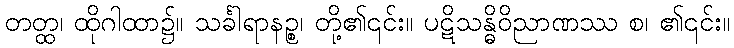
တတ္ထ၊ ထိုဂါထာ၌။ သင်္ခါရာနဉ္စ၊ တို့၏၎င်း။ ပဋိသန္ဓိဝိညာဏဿ စ၊ ၏၎င်း။